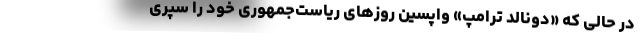
در حالی که «دونالد ترامپ» واپسین روز‌های ریاست‌جمهوری خود را سپری